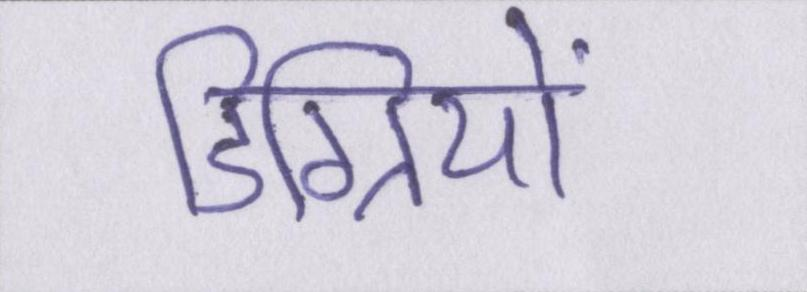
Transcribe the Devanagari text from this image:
डिग्रियों